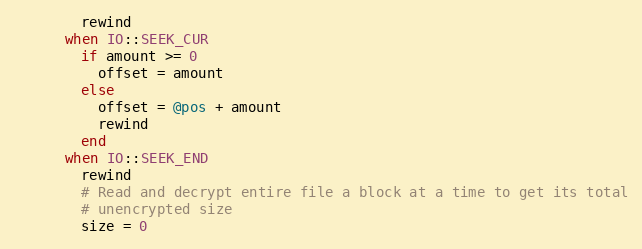
Language: Ruby
        rewind
      when IO::SEEK_CUR
        if amount >= 0
          offset = amount
        else
          offset = @pos + amount
          rewind
        end
      when IO::SEEK_END
        rewind
        # Read and decrypt entire file a block at a time to get its total
        # unencrypted size
        size = 0